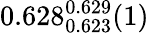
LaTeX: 0.628_{0.623}^{0.629}(1)